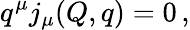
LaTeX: q^{\mu}j_{\mu}(Q,q)=0\, ,